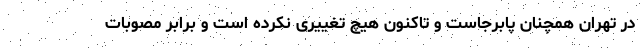
در تهران همچنان پابرجاست و تاکنون هیچ تغییری نکرده است و برابر مصوبات